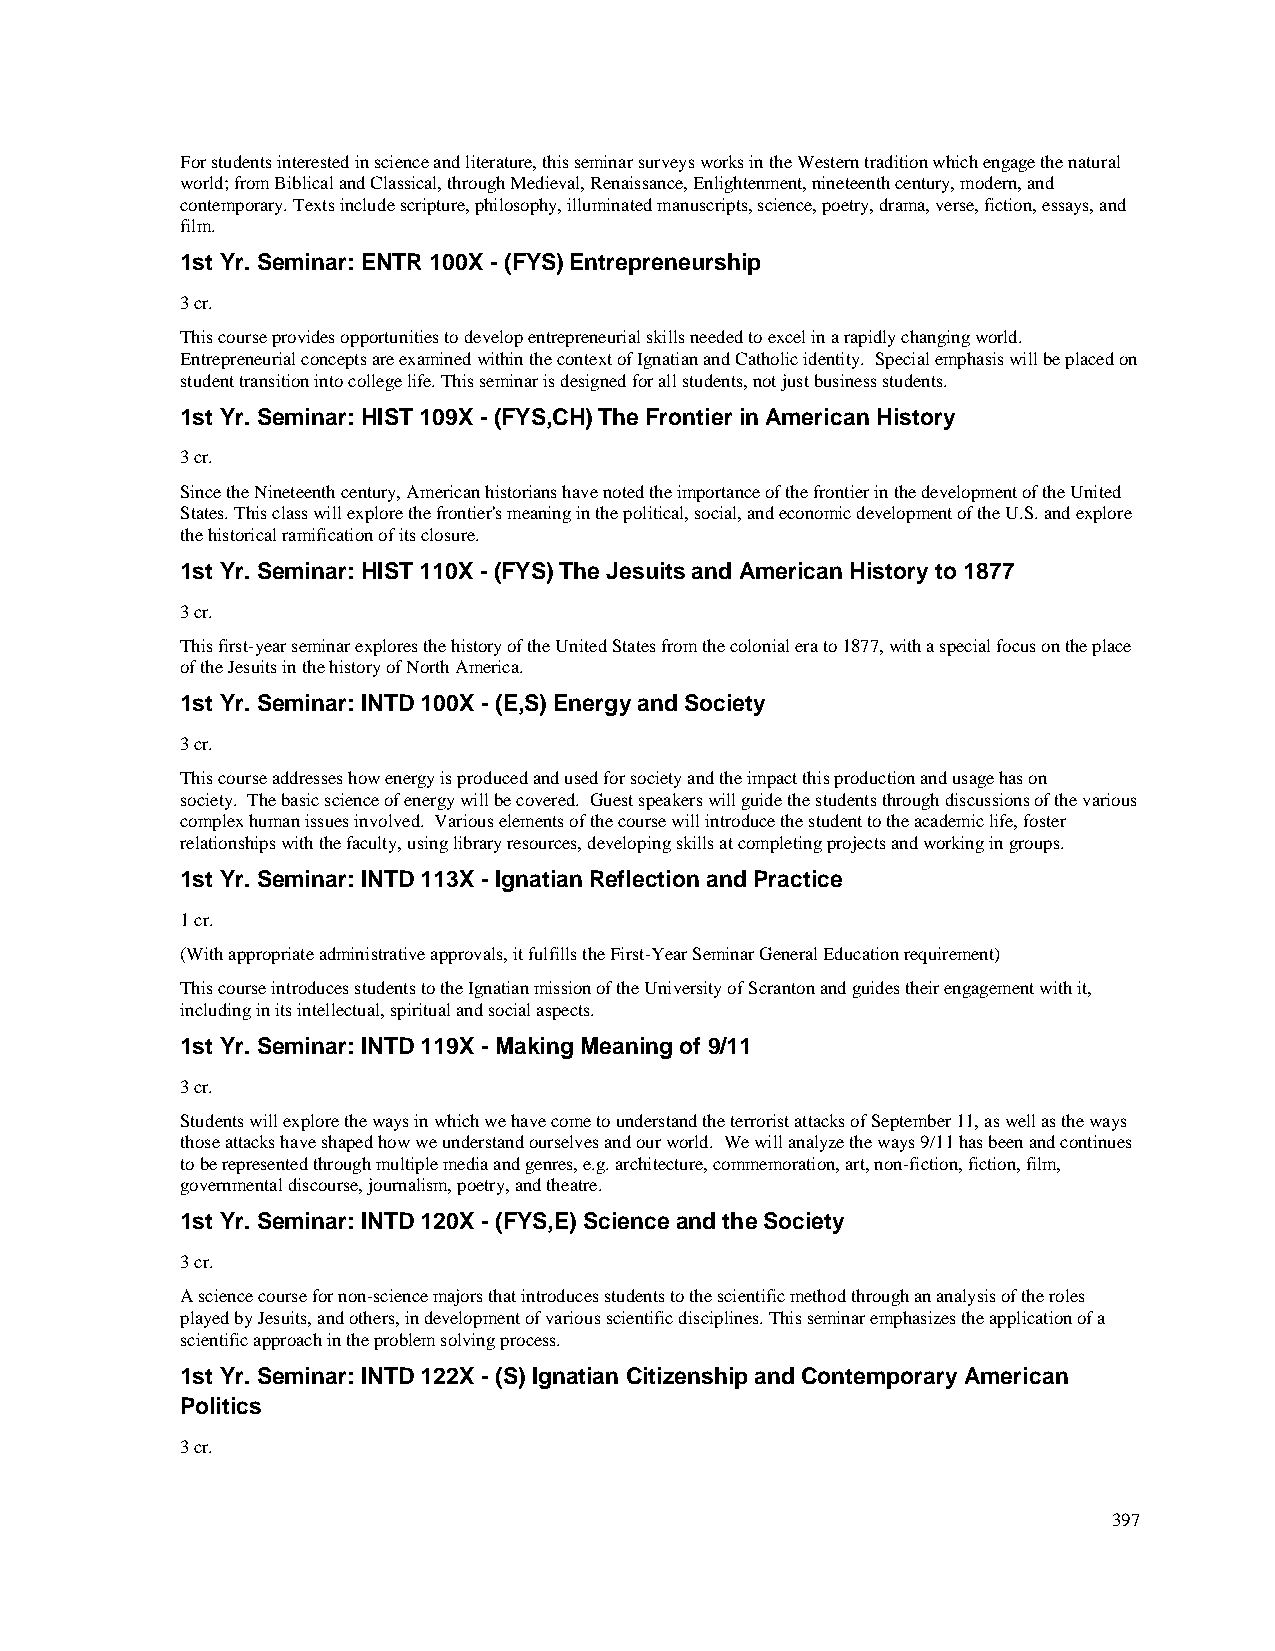
For students interested in science and literature, this seminar surveys works in the Western tradition which engage the natural
 world; from Biblical and Classical, through Medieval, Renaissance, Enlightenment, nineteenth century, modern, and
 contemporary. Texts include scripture, philosophy, illuminated manuscripts, science, poetry, drama, verse, fiction, essays, and
 film.
 1st Yr. Seminar: ENTR 100X - (FYS) Entrepreneurship
 3 cr.
 This course provides opportunities to develop entrepreneurial skills needed to excel in a rapidly changing world.
 Entrepreneurial concepts are examined within the context of Ignatian and Catholic identity. Special emphasis will be placed on
 student transition into college life. This seminar is designed for all students, not just business students.
 1st Yr. Seminar: HIST 109X - (FYS,CH) The Frontier in American History
 3 cr.
 Since the Nineteenth century, American historians have noted the importance of the frontier in the development of the United
 States. This class will explore the frontier's meaning in the political, social, and economic development of the U.S. and explore
 the historical ramification of its closure.
 1st Yr. Seminar: HIST 110X - (FYS) The Jesuits and American History to 1877
 3 cr.
 This first-year seminar explores the history of the United States from the colonial era to 1877, with a special focus on the place
 of the Jesuits in the history of North America.
 1st Yr. Seminar: INTD 100X - (E,S) Energy and Society
 3 cr.
 This course addresses how energy is produced and used for society and the impact this production and usage has on
 society. The basic science of energy will be covered. Guest speakers will guide the students through discussions of the various
 complex human issues involved. Various elements of the course will introduce the student to the academic life, foster
 relationships with the faculty, using library resources, developing skills at completing projects and working in groups.
 1st Yr. Seminar: INTD 113X - Ignatian Reflection and Practice
 1 cr.
 (With appropriate administrative approvals, it fulfills the First-Year Seminar General Education requirement)
 This course introduces students to the Ignatian mission of the University of Scranton and guides their engagement with it,
 including in its intellectual, spiritual and social aspects.
 1st Yr. Seminar: INTD 119X - Making Meaning of 9/11
 3 cr.
 Students will explore the ways in which we have come to understand the terrorist attacks of September 11, as well as the ways
 those attacks have shaped how we understand ourselves and our world. We will analyze the ways 9/11 has been and continues
 to be represented through multiple media and genres, e.g. architecture, commemoration, art, non-fiction, fiction, film,
 governmental discourse, journalism, poetry, and theatre.
 1st Yr. Seminar: INTD 120X - (FYS,E) Science and the Society
 3 cr.
 A science course for non-science majors that introduces students to the scientific method through an analysis of the roles
 played by Jesuits, and others, in development of various scientific disciplines. This seminar emphasizes the application of a
 scientific approach in the problem solving process.
 1st Yr. Seminar: INTD 122X - (S) Ignatian Citizenship and Contemporary American
 Politics
 3 cr.
 397